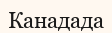
Канадада